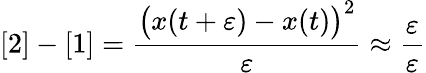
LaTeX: [2]-[1]={\frac{{\big(}x(t+\varepsilon)-x(t){\big)}^{2}}{\varepsilon}}\approx{\frac{\varepsilon}{\varepsilon}}